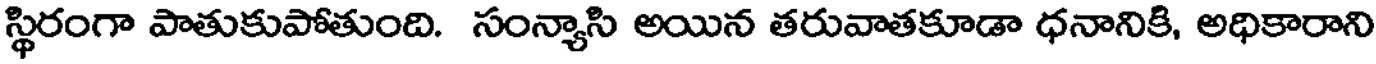
స్థిరంగా పాతుకుపోతుంది. సంన్యాసి అయిన తరువాతకూడా ధనానికి, అధికారాని